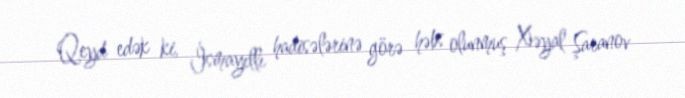
Qeyd edək ki, İsmayıllı hadisələrinə görə həbs olunmuş Xəyal Şaranov